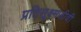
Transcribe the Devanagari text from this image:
प्रतिसूक्ष्मजीवी